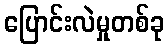
ပြောင်းလဲမှုတစ်ခု